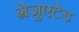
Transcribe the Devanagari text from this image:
ग्रेजुएटेड